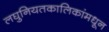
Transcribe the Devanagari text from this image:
लघुनियतकालिकांमधून